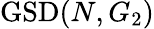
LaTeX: \mathrm{GSD}(N,G_{2})